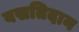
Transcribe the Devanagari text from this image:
वसतिदान